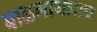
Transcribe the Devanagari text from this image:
बाळगायलाच